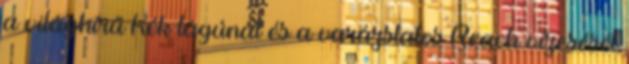
a világhírű Kék lagúnát és a varázslatos Reach vízesését